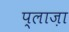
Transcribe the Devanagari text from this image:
प्‍लाज़ा